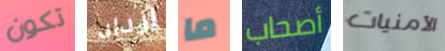
تكون ازداد ما أصحاب الأمنيات